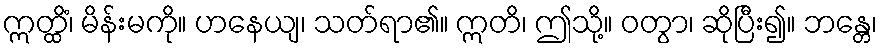
ဣတ္ထိံ၊ မိန်းမကို။ ဟနေယျ၊ သတ်ရာ၏။ ဣတိ၊ ဤသို့။ ဝတွာ၊ ဆိုပြီး၍။ ဘန္တေ၊